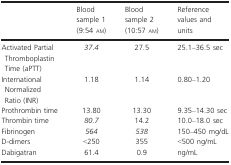
<table><thead><tr><td></td><td><b>Blood sample 1 (9:54 am)</b></td><td><b>Blood sample 2 (10:57 am)</b></td><td><b>Reference values and units</b></td></tr></thead><tbody><tr><td>Activated Partial Thromboplastin Time (aPTT)</td><td><i>37.4</i></td><td>27.5</td><td>25.1–36.5 sec</td></tr><tr><td>International Normalized Ratio (INR)</td><td>1.18</td><td>1.14</td><td>0.80–1.20</td></tr><tr><td>Prothrombin time</td><td>13.80</td><td>13.30</td><td>9.35–14.30 sec</td></tr><tr><td>Thrombin time</td><td><i>80.7</i></td><td>14.2</td><td>10.0–18.0 sec</td></tr><tr><td>Fibrinogen</td><td><i>564</i></td><td><i>538</i></td><td>150–450 mg/dL</td></tr><tr><td>D‐dimers</td><td>&lt;250</td><td>355</td><td>&lt;500 ng/mL</td></tr><tr><td>Dabigatran</td><td>61.4</td><td>0.9</td><td>ng/mL</td></tr></tbody></table>